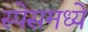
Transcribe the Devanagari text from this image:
स्पेसमध्ये